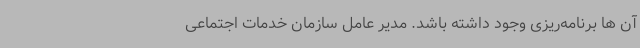
آن ‌ها برنامه‌ریزی وجود داشته باشد. مدیر عامل سازمان خدمات اجتماعی